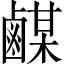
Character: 𪉴